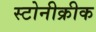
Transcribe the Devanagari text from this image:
स्टोनीक्रीक